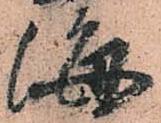
海